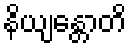
နိယျန္တောတိ